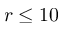
r \leq 1 0